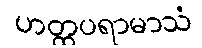
ဟတ္ထပရာမာသံ